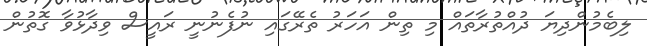
ލިބެމުންދިޔަ ދުއްތުރާތައް މި ތިން އަހަރު ތެރޭގައި ނުފެނުނީ ރައީސް ވިދާޅުވާ ގޮތުން